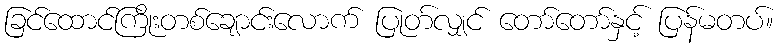
ခြင်ထောင်ကြိုးတစ်ချောင်းလောက် ပြုတ်လျှင် တော်တော်နှင့် ပြန်မတပ်။